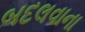
બદલવાના